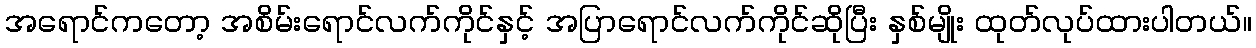
အရောင်ကတော့ အစိမ်းရောင်လက်ကိုင်နှင့် အပြာရောင်လက်ကိုင်ဆိုပြီး နှစ်မျိုး ထုတ်လုပ်ထားပါတယ်။